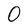
Character: O